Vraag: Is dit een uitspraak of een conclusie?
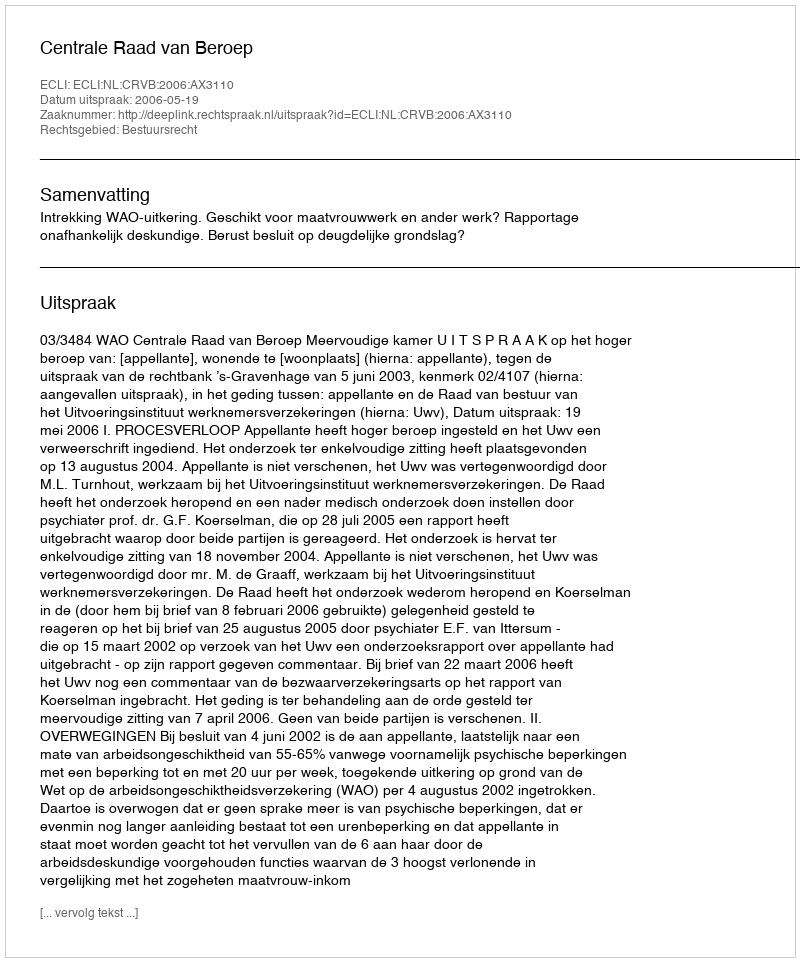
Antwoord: Uitspraak